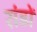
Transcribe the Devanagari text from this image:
रांडों